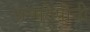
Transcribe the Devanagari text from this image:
जन्मठेपीची